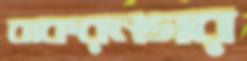
বাকরনগর